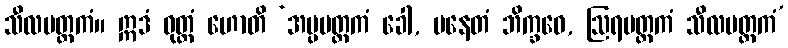
သီလမတ္တကံ။ ဣဒံ ဝုတ္တံ ဟောတိ ‘အပ္ပမတ္တကံ ခေါ, ပနေတံ ဘိက္ခဝေ, ဩရမတ္တကံ သီလမတ္တကံ’